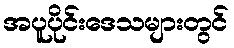
အပူပိုင်းဒေသများတွင်